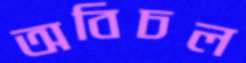
অবিচল